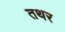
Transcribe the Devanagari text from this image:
तथर